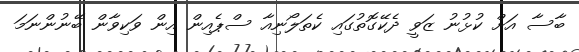
ބާސާ އަށް ކުޅުނު ޒަވީ ދެކޭގޮތުގައި ކެތަލޯނިއާ ސްޕެއިން އިން ވަކިވާން ބޭނުންނަމަ